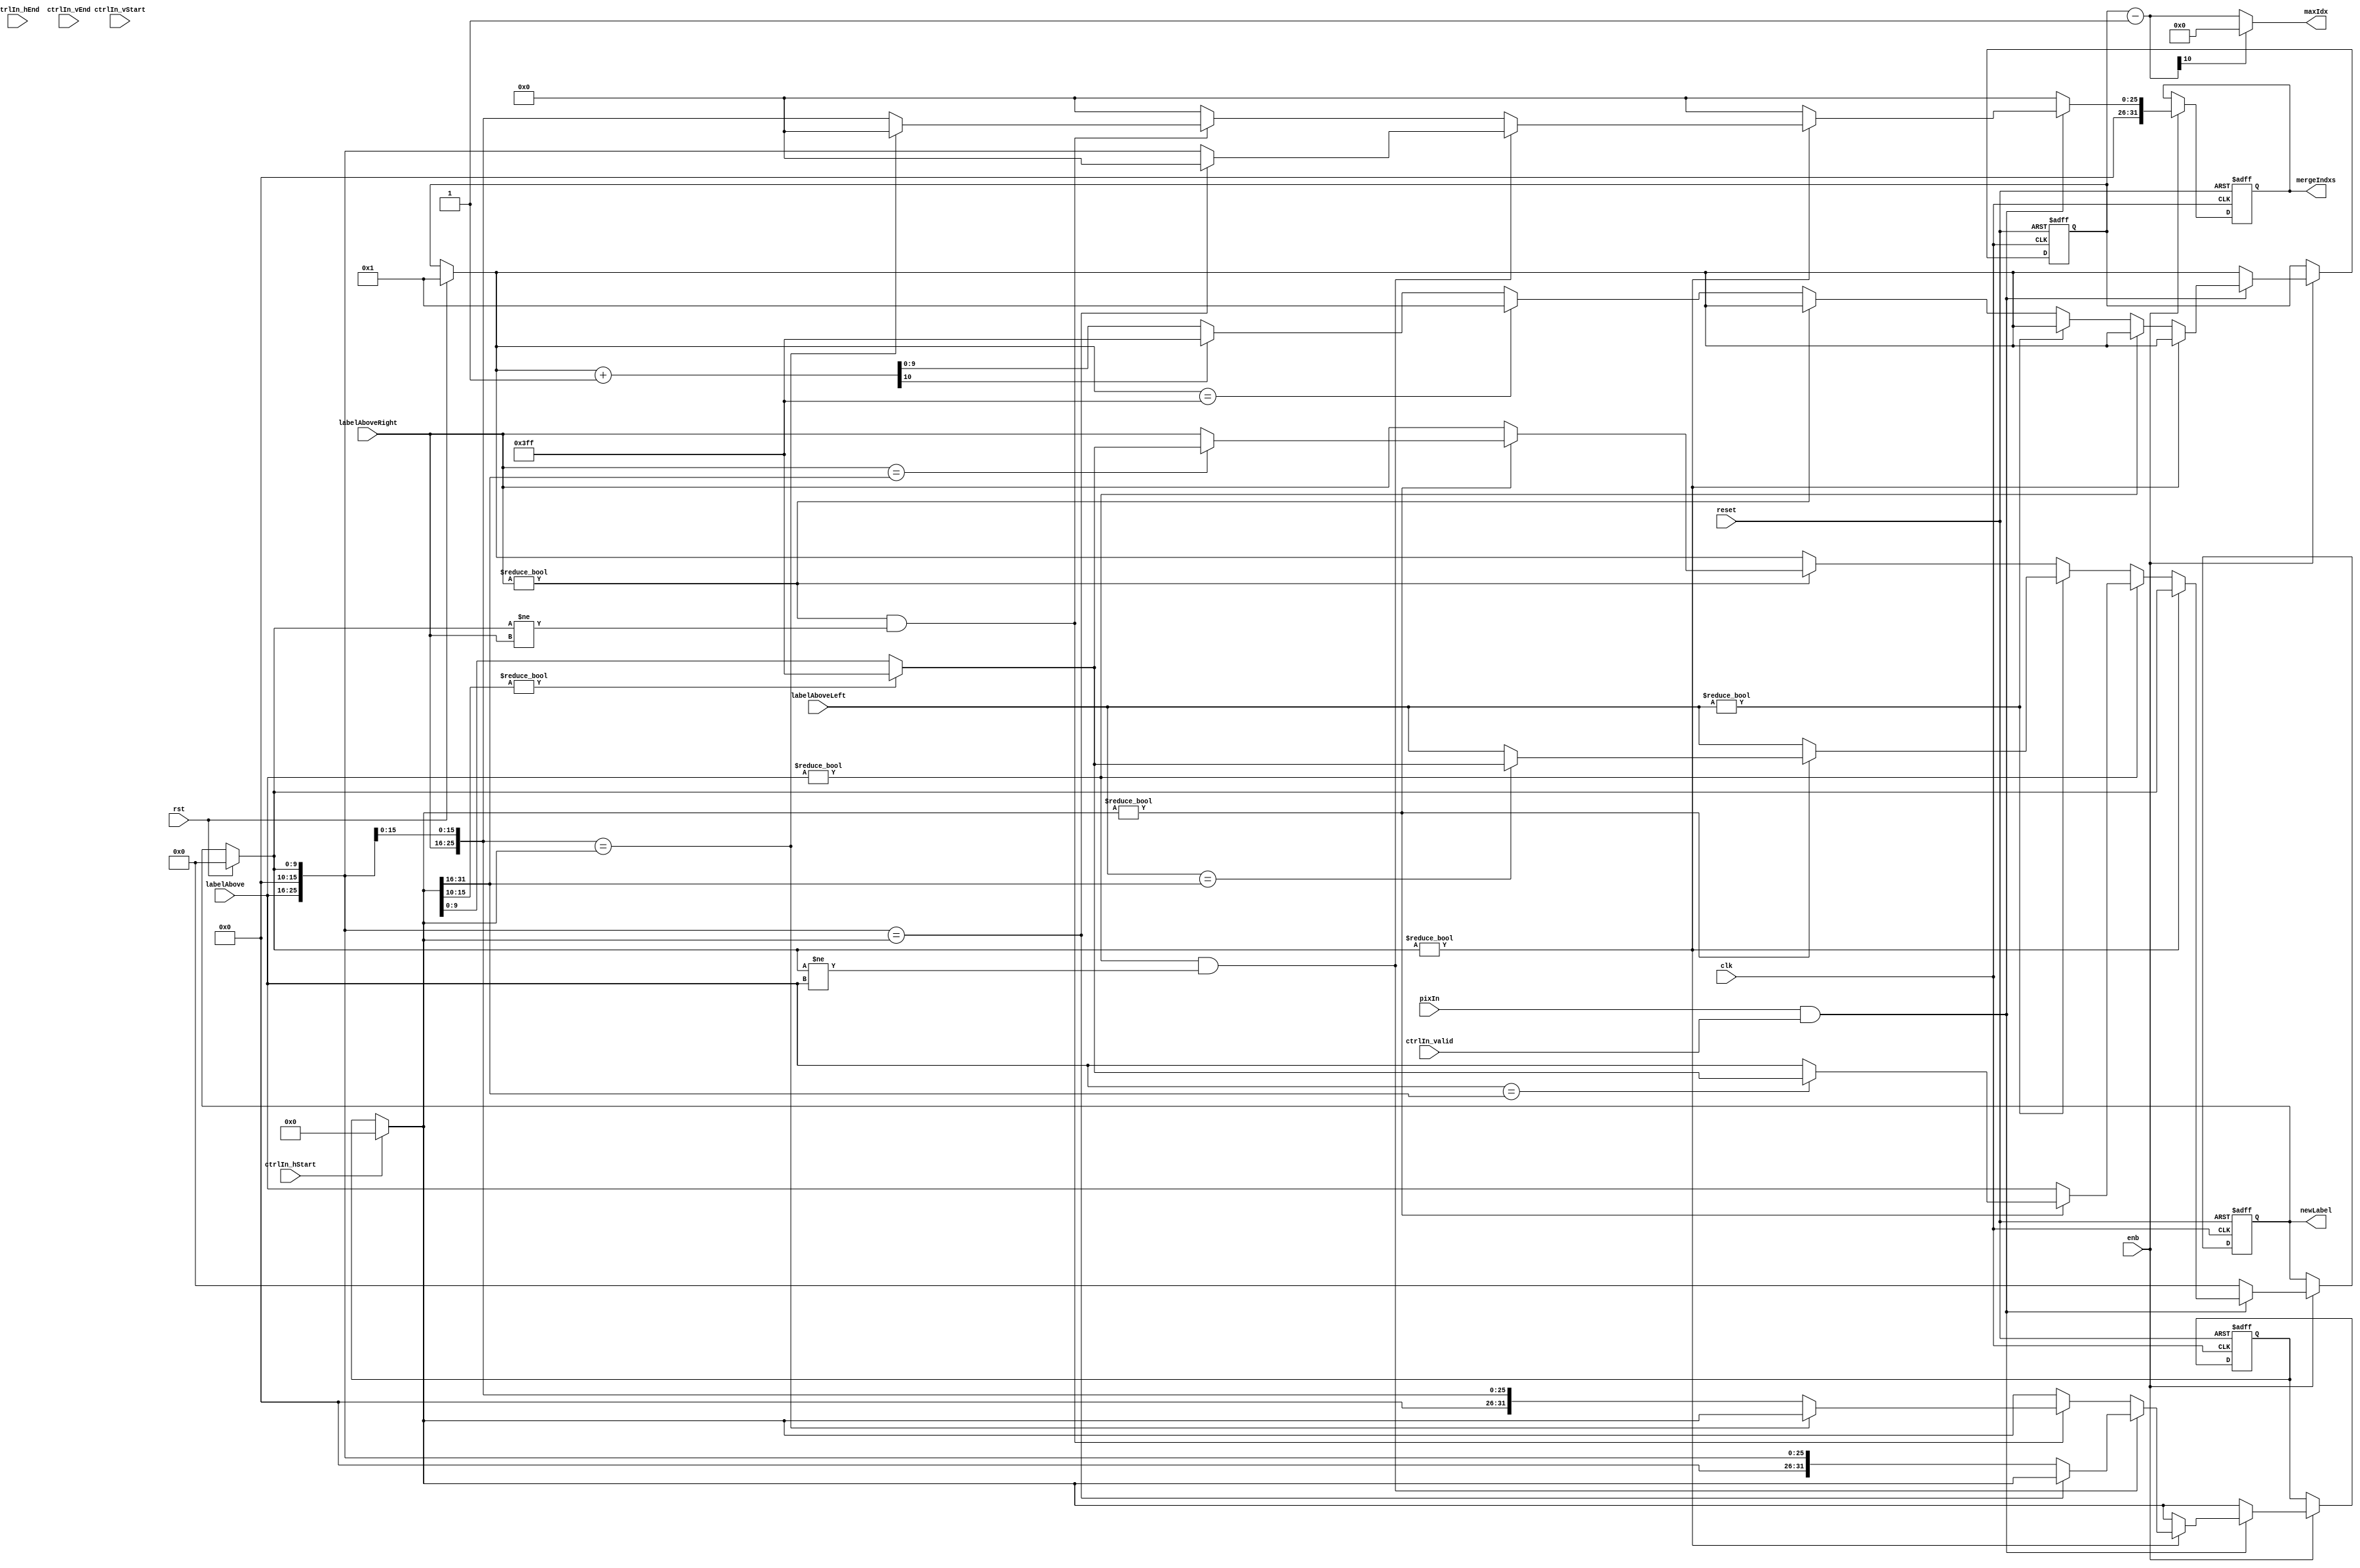
// -------------------------------------------------------------
// 
// 
// Generated by MATLAB 9.13 and HDL Coder 4.0
// 
// -------------------------------------------------------------


// -------------------------------------------------------------
// 
// Module: labelandmerge
// Source Path: BlobAnalysisHDL/BlobDetector/CCA_Algorithm/cca/labelandmerge
// Hierarchy Level: 3
// 
// -------------------------------------------------------------

`timescale 1 ns / 1 ns

module labelandmerge
          (clk,
           reset,
           enb,
           pixIn,
           ctrlIn_hStart,
           ctrlIn_hEnd,
           ctrlIn_vStart,
           ctrlIn_vEnd,
           ctrlIn_valid,
           labelAbove,
           labelAboveLeft,
           labelAboveRight,
           rst,
           newLabel,
           mergeIndxs,
           maxIdx);


  input   clk;
  input   reset;
  input   enb;
  input   pixIn;
  input   ctrlIn_hStart;
  input   ctrlIn_hEnd;
  input   ctrlIn_vStart;
  input   ctrlIn_vEnd;
  input   ctrlIn_valid;
  input   [9:0] labelAbove;  // ufix10
  input   [9:0] labelAboveLeft;  // ufix10
  input   [9:0] labelAboveRight;  // ufix10
  input   rst;
  output  [9:0] newLabel;  // ufix10
  output  [31:0] mergeIndxs;  // uint32
  output  [10:0] maxIdx;  // ufix11


  reg [9:0] newLabel_1;  // ufix10
  reg [31:0] mergeIndxs_1;  // uint32
  reg [10:0] maxIdx_1;  // ufix11
  reg [9:0] nextLabel;  // ufix10
  reg [9:0] newLabelReg;  // ufix10
  reg [31:0] mergeIndxsReg;  // ufix32
  reg [31:0] mergeIndxsRegLast;  // ufix32
  reg [9:0] nextLabel_next;  // ufix10
  reg [9:0] newLabelReg_next;  // ufix10
  reg [31:0] mergeIndxsReg_next;  // ufix32
  reg [31:0] mergeIndxsRegLast_next;  // ufix32
  reg [15:0] labelAboveMerged;  // ufix16
  reg [9:0] beforeLabel;  // ufix10
  reg [9:0] nextLabel_temp;  // ufix10
  reg [31:0] mergeIndxsReg_temp;  // ufix32
  reg [31:0] mergeIndxsRegLast_temp;  // ufix32
  reg [15:0] labelAboveMerged_0;  // ufix16
  reg [15:0] labelAboveMerged_1;  // ufix16
  reg signed [11:0] sub_temp;  // sfix12
  reg [10:0] add_temp;  // ufix11
  reg [15:0] t_0;  // ufix16
  reg [15:0] t_1;  // ufix16
  reg [15:0] t_2;  // ufix16
  reg [15:0] t_3;  // ufix16
  reg [15:0] t_4;  // ufix16
  reg [15:0] t_5;  // ufix16
  reg [15:0] t_6;  // ufix16
  reg [15:0] t_7;  // ufix16
  reg [15:0] t_8;  // ufix16
  reg [15:0] t_9;  // ufix16
  reg [15:0] t_10;  // ufix16
  reg [10:0] t_11;  // ufix11
  reg signed [11:0] t_12;  // sfix12
  reg [10:0] t_13;  // ufix11


  always @(posedge clk or posedge reset)
    begin : labelandmerge_1_process
      if (reset == 1'b1) begin
        nextLabel <= 10'b0000000001;
        // uint16(1);
        // uint16(1);
        newLabelReg <= 10'b0000000000;
        // uint16(0);
        mergeIndxsReg <= 32'b00000000000000000000000000000000;
        mergeIndxsRegLast <= 32'b00000000000000000000000000000000;
        //numBlobsReg = uint32(0);
      end
      else begin
        if (enb) begin
          nextLabel <= nextLabel_next;
          newLabelReg <= newLabelReg_next;
          mergeIndxsReg <= mergeIndxsReg_next;
          mergeIndxsRegLast <= mergeIndxsRegLast_next;
        end
      end
    end

  always @(ctrlIn_hStart, ctrlIn_valid, labelAbove, labelAboveLeft, labelAboveRight,
       mergeIndxsReg, mergeIndxsRegLast, newLabelReg, nextLabel, pixIn, rst) begin
    labelAboveMerged_1 = 16'b0000000000000000;
    labelAboveMerged_0 = 16'b0000000000000000;
    labelAboveMerged = 16'b0000000000000000;
    add_temp = 11'b00000000000;
    t_5 = 16'b0000000000000000;
    t_7 = 16'b0000000000000000;
    t_9 = 16'b0000000000000000;
    t_0 = 16'b0000000000000000;
    t_1 = 16'b0000000000000000;
    t_2 = 16'b0000000000000000;
    t_3 = 16'b0000000000000000;
    t_4 = 16'b0000000000000000;
    t_6 = 16'b0000000000000000;
    t_8 = 16'b0000000000000000;
    t_10 = 16'b0000000000000000;
    t_13 = 11'b00000000000;
    nextLabel_temp = nextLabel;
    mergeIndxsRegLast_temp = mergeIndxsRegLast;
    mergeIndxs_1 = mergeIndxsReg;
    // numBlobs = numBlobsReg;
    beforeLabel = newLabelReg;
    newLabelReg_next = 10'b0000000000;
    mergeIndxsReg_temp = 32'b00000000000000000000000000000000;
    if (rst) begin
      nextLabel_temp = 10'b0000000001;
      beforeLabel = 10'b0000000000;
      //numBlobsReg(:) = 0;
    end
    if (ctrlIn_hStart) begin
      mergeIndxsRegLast_temp = 32'b00000000000000000000000000000000;
    end
    if (pixIn && ctrlIn_valid) begin
      // assign new value by priority - LAST < ABOVE < NEW
      if (beforeLabel != 10'b0000000000) begin
        // look for label on the same line just before
        newLabelReg_next = beforeLabel;
        // check to see if we need to merge
        if ((labelAbove != 10'b0000000000) && (beforeLabel != labelAbove)) begin
          t_0 = {6'b0, labelAbove};
          t_1 = {6'b0, beforeLabel};
          mergeIndxsReg_temp = {t_0, t_1};
          if (mergeIndxsReg_temp == mergeIndxsRegLast_temp) begin
            mergeIndxsReg_temp = 32'b00000000000000000000000000000000;
          end
          else begin
            mergeIndxsRegLast_temp = mergeIndxsReg_temp;
            //numBlobsReg(:) = numBlobsReg - 1;
          end
        end
        else if ((labelAboveRight != 10'b0000000000) && (beforeLabel != labelAboveRight)) begin
          t_2 = {6'b0, labelAboveRight};
          t_3 = {6'b0, beforeLabel};
          mergeIndxsReg_temp = {t_2, t_3};
          if (mergeIndxsReg_temp == mergeIndxsRegLast_temp) begin
            mergeIndxsReg_temp = 32'b00000000000000000000000000000000;
          end
          else begin
            mergeIndxsRegLast_temp = mergeIndxsReg_temp;
            //numBlobsReg(:) = numBlobsReg - 1;
          end
        end
      end
      else if (labelAbove != 10'b0000000000) begin
        // look for label in the same column just above
        newLabelReg_next = labelAbove;
        // check to see if already merged on this same line
        if (mergeIndxsRegLast_temp != 32'b00000000000000000000000000000000) begin
          labelAboveMerged_1 = mergeIndxsRegLast_temp[31:16];
          t_4 = {6'b0, labelAbove};
          if (t_4 == labelAboveMerged_1) begin
            t_5 = mergeIndxsRegLast_temp[15:0];
            if (t_5[15:10] != 6'b000000) begin
              newLabelReg_next = 10'b1111111111;
            end
            else begin
              newLabelReg_next = t_5[9:0];
            end
          end
        end
      end
      else if (labelAboveLeft != 10'b0000000000) begin
        // look for label in the same column just above and to the left
        newLabelReg_next = labelAboveLeft;
        // check to see if already merged on this same line
        if (mergeIndxsRegLast_temp != 32'b00000000000000000000000000000000) begin
          labelAboveMerged_0 = mergeIndxsRegLast_temp[31:16];
          t_6 = {6'b0, labelAboveLeft};
          if (t_6 == labelAboveMerged_0) begin
            t_7 = mergeIndxsRegLast_temp[15:0];
            if (t_7[15:10] != 6'b000000) begin
              newLabelReg_next = 10'b1111111111;
            end
            else begin
              newLabelReg_next = t_7[9:0];
            end
          end
        end
      end
      else if (labelAboveRight != 10'b0000000000) begin
        // look for label in the same column just above and to the left
        newLabelReg_next = labelAboveRight;
        // check to see if already merged on this same line
        if (mergeIndxsRegLast_temp != 32'b00000000000000000000000000000000) begin
          labelAboveMerged = mergeIndxsRegLast_temp[31:16];
          t_8 = {6'b0, labelAboveRight};
          if (t_8 == labelAboveMerged) begin
            t_9 = mergeIndxsRegLast_temp[15:0];
            if (t_9[15:10] != 6'b000000) begin
              newLabelReg_next = 10'b1111111111;
            end
            else begin
              newLabelReg_next = t_9[9:0];
            end
          end
        end
      end
      else begin
        // else just assign a new label
        newLabelReg_next = nextLabel_temp;
        t_10 = {6'b0, nextLabel_temp};
        if (t_10 == 16'b0000001111111111) begin
          nextLabel_temp = 10'b0000000001;
        end
        else begin
          t_13 = {1'b0, nextLabel_temp};
          add_temp = t_13 + 11'b00000000001;
          if (add_temp[10] != 1'b0) begin
            nextLabel_temp = 10'b1111111111;
          end
          else begin
            nextLabel_temp = add_temp[9:0];
          end
        end
        //numBlobsReg(:) = numBlobsReg + 1;
      end
    end
    newLabel_1 = newLabelReg;
    t_11 = {1'b0, nextLabel};
    t_12 = {1'b0, t_11};
    sub_temp = t_12 - 12'sb000000000001;
    if (sub_temp[11] == 1'b1) begin
      maxIdx_1 = 11'b00000000000;
    end
    else begin
      maxIdx_1 = sub_temp[10:0];
    end
    nextLabel_next = nextLabel_temp;
    mergeIndxsReg_next = mergeIndxsReg_temp;
    mergeIndxsRegLast_next = mergeIndxsRegLast_temp;
  end



  assign newLabel = newLabel_1;

  assign mergeIndxs = mergeIndxs_1;

  assign maxIdx = maxIdx_1;

endmodule  // labelandmerge